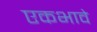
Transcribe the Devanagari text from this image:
एकभावे